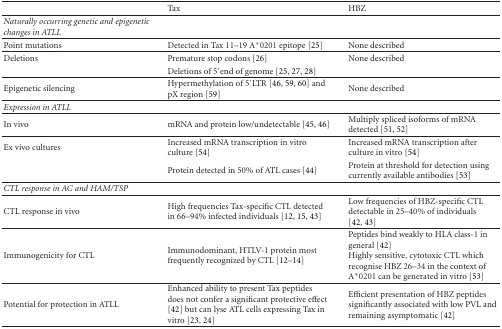
|  | Tax | HBZ |
 | --- | --- | --- |
 | Naturally occurring genetic and epigenetic changes in ATLL |  |  |
 | Point mutations | Detected in Tax 11–19 A*0201 epitope [25] | None described |
 | Deletions | Premature stop codons [26] | None described |
 |  | Deletions of 5′end of genome [25, 27, 28] |  |
 | Epigenetic silencing | Hypermethylation of 5′LTR [46, 59, 60] and pX region [59] | None described |
 | Expression in ATLL |  |  |
 | In vivo | mRNA and protein low/undetectable [45, 46] | Multiply spliced isoforms of mRNA detected [51, 52] |
 | Ex vivo cultures | Increased mRNA transcription in vitro culture [54] | Increased mRNA transcription after culture in vitro [54] |
 |  | Protein detected in 50% of ATL cases [44] | Protein at threshold for detection using currently available antibodies [53] |
 | CTL response in AC and HAM/TSP |  |  |
 | CTL response in vivo | High frequencies Tax-specific CTL detected in 66–94% infected individuals [12, 15, 43] | Low frequencies of HBZ-specific CTL detectable in 25–40% of individuals [42, 43] |
 | Immunogenicity for CTL | Immunodominant, HTLV-1 protein most frequently recognized by CTL [12–14] | Peptides bind weakly to HLA class-1 in general [42]Highly sensitive, cytotoxic CTL which recognise HBZ 26–34 in the context of A*0201 can be generated in vitro [53] |
 | Potential for protection in ATLL | Enhanced ability to present Tax peptides does not confer a significant protective effect [42] but can lyse ATL cells expressing Tax in vitro [23, 24] | Efficient presentation of HBZ peptides significantly associated with low PVL and remaining asymptomatic [42] |